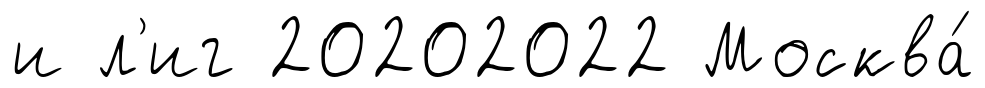
и л'иг 20202022 Москва́